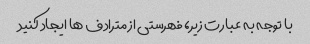
با توجه به عبارت زیر، فهرستی از مترادف ها ایجاد کنید